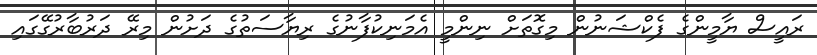
ރައީސް ޔާމީންގެ ފެކްޝަނުން މިގޮތަށް ނިންމީ އެމަނިކުފާނުގެ ރިޔާސަތުގެ ދަށުން މިރޭ ދަރުބާރުގޭގައި